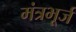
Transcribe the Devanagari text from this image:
मंत्रभूर्ज